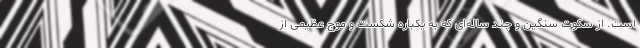
است. از سکوت سنگین و چند ساله‌ای که به یکباره شکست و موج عظیمی از